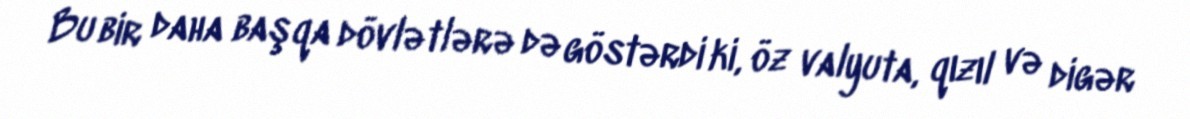
Bu bir daha başqa dövlətlərə də göstərdi ki, öz valyuta, qızıl və digər